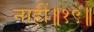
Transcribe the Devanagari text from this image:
नाहीं॥१९॥